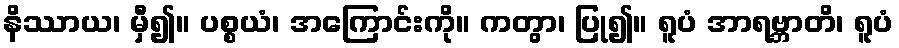
နိဿာယ၊ မှီ၍။ ပစ္စယံ၊ အကြောင်းကို။ ကတွာ၊ ပြု၍။ ရူပံ အာရဗ္ဘာတိ၊ ရူပံ